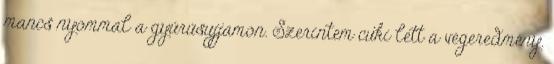
mancs nyommal a gyűrűsujjamon. Szerintem cuki lett a végeredmény.